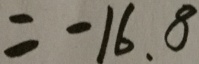
= - 1 6 . 8